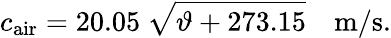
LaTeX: c_{\mathrm{air}}=20.05~{\sqrt{\vartheta+273.15}}~~~~\mathrm{m/s}.